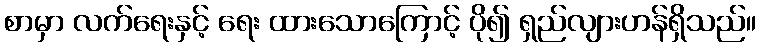
စာမှာ လက်ရေးနှင့် ရေး ထားသောကြောင့် ပို၍ ရှည်လျားဟန်ရှိသည်။